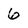
Character: 6